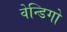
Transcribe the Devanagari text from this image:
वेन्डिगो